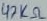
Text: 47KΩ